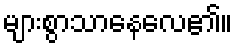
များစွာသာနေလေ၏။